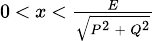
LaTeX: \scriptstyle 0\, <\, x\, <\, {\frac{E}{\sqrt{P^{2}\, +\, Q^{2}}}}